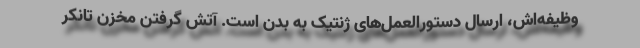
وظیفه‌اش، ارسال دستورالعمل‌های ژنتیک به بدن است. آتش‌ گرفتن مخزن تانکر